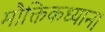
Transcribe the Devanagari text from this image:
मौक्तिकध्यान।